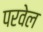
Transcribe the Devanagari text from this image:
परवेल